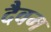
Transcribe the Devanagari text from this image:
दैवम